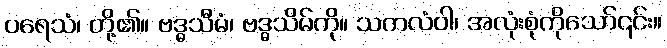
ပရေသံ၊ တို့၏။ ဗဒ္ဓသီမံ၊ ဗဒ္ဓသိမ်ကို။ သကလံဝါ၊ အလုံးစုံကိုသော်၎င်း။